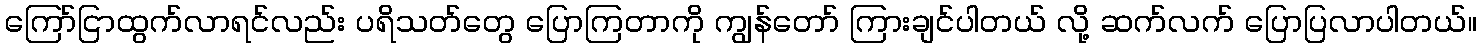
ကြော်ငြာထွက်လာရင်လည်း ပရိသတ်တွေ ပြောကြတာကို ကျွန်တော် ကြားချင်ပါတယ် လို့ ဆက်လက် ပြောပြလာပါတယ်။